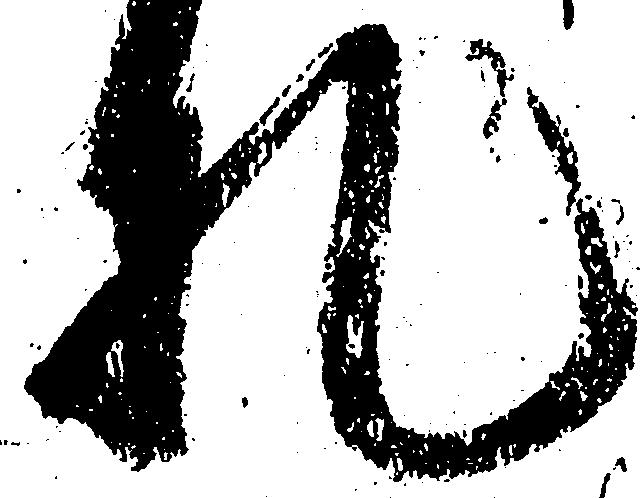
札